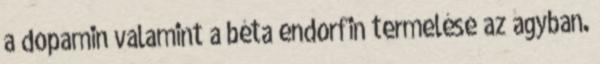
a dopamin valamint a béta endorfin termelése az agyban.